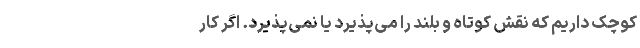
کوچک داریم که نقش کوتاه و بلند را می‌پذیرد یا نمی‌پذیرد. اگر کار